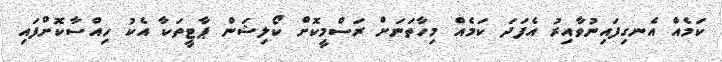
ކަމެއް އެނގިފައިނުވާއިރު އެފަދަ ކަމެއް މިހާތަނަށް ރަސްމީކޮށް ކޯލިޝަން ޕާޓީތަކާ އެކު ހިއްސާކޮށްފައި